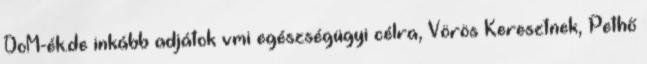
DoM-ék.de inkább adjátok vmi egészségügyi célra, Vörös Keresztnek, Pethő